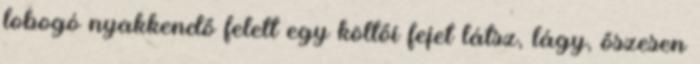
lobogó nyakkendő felett egy költői fejet látsz, lágy, őszesen